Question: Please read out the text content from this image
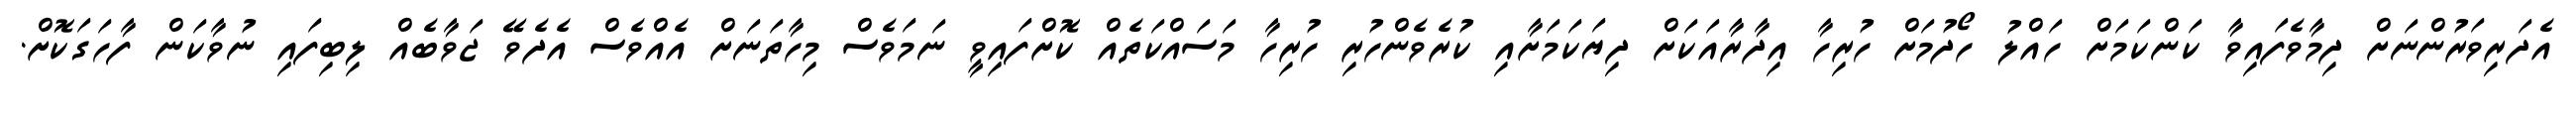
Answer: އެދަރިވަރުންނަށް ދިމާވެފައިވާ ކަންކަމަށް ހައްލު ހޯދުމަށް ހުރިހާ އިދާރާއަކަށް ދިޔަކަމަށާއި ކުރެވެންހުރި ހުރިހާ މަސައްކަތެއް ކޮށްފައިވީ ނަމަވެސް މިހާތަނަށް އެއްވެސް އެދެވޭ ޖަވާބެއް ލިބިފައި ނުވާކަން ފާހަގަކޮށް.